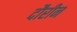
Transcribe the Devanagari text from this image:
दौरीन